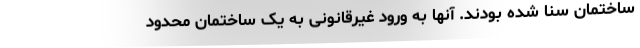
ساختمان سنا شده بودند. آنها به ورود غیرقانونی به یک ساختمان محدود